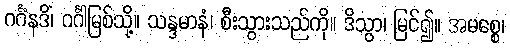
ဂင်္ဂံနဒိံ၊ ဂင်္ဂါမြစ်သို့။ သန္ဒမာနံ၊ စီးသွားသည်ကို။ ဒိသွာ၊ မြင်၍။ အမစ္စေ၊